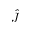
\hat { J }